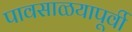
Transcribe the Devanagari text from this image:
पावसाळयापूर्वी